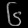
Digit: ၆